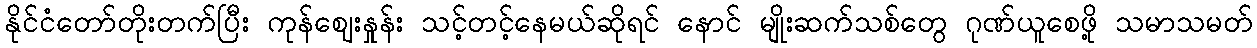
နိုင်ငံတော်တိုးတက်ပြီး ကုန်ဈေးနှုန်း သင့်တင့်နေမယ်ဆိုရင် နောင် မျိုးဆက်သစ်တွေ ဂုဏ်ယူစေဖို့ သမာသမတ်